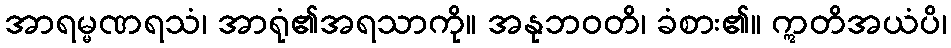
အာရမ္မဏရသံ၊ အာရုံ၏အရသာကို။ အနုဘဝတိ၊ ခံစား၏။ ဣတိအယံပိ၊